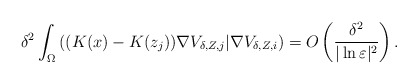
\begin{align*}\delta^2\int_{\Omega}\left( (K(x)-K(z_j))\nabla V_{\delta,Z,j}|\nabla V_{\delta,Z,i}\right)=O\left( \frac{\delta^2}{|\ln\varepsilon|^2}\right).\end{align*}